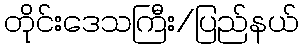
တိုင်းဒေသကြီး/ပြည်နယ်